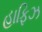
હાફિઝ